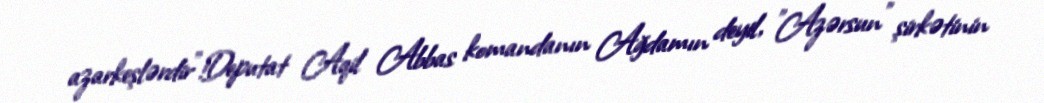
azarkeşlərdir"!Deputat Aqil Abbas komandanın Ağdamın deyil, "Azərsun" şirkətinin